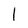
Character: l